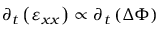
\partial _ { t } \left( \varepsilon _ { x x } \right) \propto \partial _ { t } \left( \Delta \Phi \right)